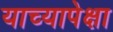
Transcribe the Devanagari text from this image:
याच्यापेक्षा